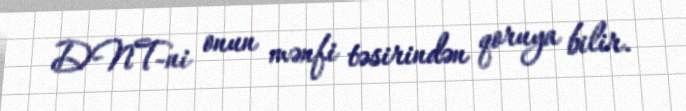
DNT-ni onun mənfi təsirindən qoruya bilir.